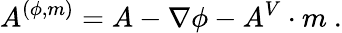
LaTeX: A^{(\phi,m)}=A-\nabla\phi-A^{V}\cdot m\ .